Lunatic asylums in Bengal annual reports 1912-1924 - 1912-1924
Year: 1912
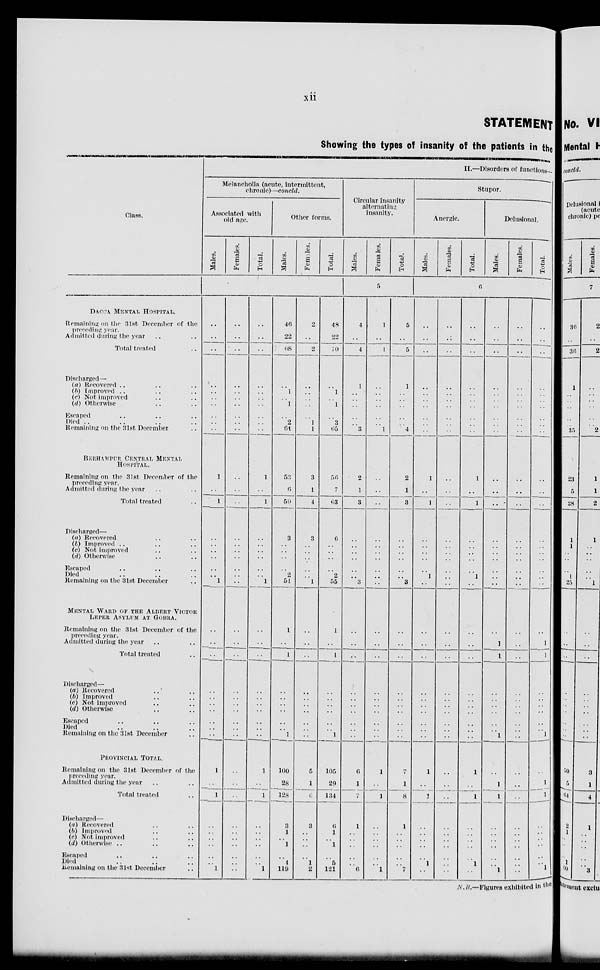
xii
STATEMENT
Showing the types of insanity of the patients in the
Class.
DACCA MENTAL HOSPITAL.
Remaining on the 31st December of the
preceding year.
Admitted during the year .. ..
Total treated ..
Discharged—
(a) Recovered .. .. ..
(b) Improved .. .. ..
(c) Not improved .. ..
(d) Otherwise .. ..
Escaped .. .. ..
Died .. .. .. ..
Remaining on the 31st December ..
BERHAMPUR CENTRAL MENTAL
HOSPITAL.
Remaining on the 31st December of the
preceding year.
Admitted during the year .. ..
Total treated ..
Discharged—
(a) Recovered .. ..
(b) Improved .. .. ..
(c) Not improved .. ..
(d) Otherwise .. ..
Escaped .. .. ..
Died .. .. ..
Remaining on the 31st December ..
MENTAL WARD OF THE ALBERT VICTOR
LEPER ASYLUM AT GOBRA.
Remaining on the 31st December of the
preceding year.
Admitted during the year .. ..
Total treated ..
Discharged—
(a) Recovered .. ..
(b) Improved .. ..
(c) Not improved .. ..
(d) Otherwise .. ..
Escaped .. .. ..
Died .. .. ..
Remaining on the 31st December ..
PROVINCIAL TOTAL.
Remaining on the 31st December of the
preceding year.
Admitted during the year .. ..
Total treated ..
Discharged—
(a) Recovered .. ..
(b) Improved .. ..
(c) Not improved .. ..
(d) Otherwise .. .. ..
Escaped .. .. ..
Died .. .. ..
Remaining on the 31st December ..
II.—Disorders of functions—
Melancholia (acute, intermittent,
chronic)—concld.
Associated with
old age.
Males.
Females.
Total.
Other forms.
Males.
Females.
Total.
..
..
..
..
..
..
..
..
..
..
1
..
1
..
..
..
..
..
..
1
..
..
..
..
..
..
..
..
..
..
1
..
1
..
..
..
..
..
..
1
..
..
..
..
..
..
..
..
..
..
..
..
..
..
..
..
..
..
..
..
..
..
..
..
..
..
..
..
..
..
..
..
..
..
..
..
..
..
..
..
..
..
..
..
..
..
..
..
..
..
1
..
1
..
..
..
..
..
..
1
..
..
..
..
..
..
..
..
..
..
1
..
1
..
..
..
..
..
..
1
46
22
68
..
1
..
1
..
2
64
53
6
59
3
..
..
..
..
2
54
1
..
1
..
..
..
..
..
..
1
100
28
128
3
1
..
1
..
4
119
2
..
2
..
..
..
..
..
1
1
3
1
4
3
..
..
..
..
..
1
..
..
..
..
..
..
..
..
..
..
5
1
6
3
..
..
..
..
1
2
48
22
70
..
1
..
1
..
3
65
56
7
63
6
..
..
..
..
2
55
1
..
1
..
..
..
..
..
..
1
105
29
134
6
1
..
1
..
5
121
Circular insanity
alternating
insanity.
Males.
Females.
Total.
5
4
..
4
1
..
..
..
..
..
3
2
1
3
..
..
..
..
..
..
3
..
..
..
..
..
..
..
..
..
..
6
1
7
1
..
..
..
..
..
6
1
..
1
..
..
..
..
..
..
1
..
..
..
..
..
..
..
..
..
..
..
..
..
..
..
..
..
..
..
..
1
..
1
..
..
..
..
..
..
1
5
..
5
1
..
..
..
..
..
4
2
1
3
..
..
..
..
..
..
3
..
..
..
..
..
..
..
..
..
..
7
1
8
1
..
..
..
..
..
7
Stupor.
Anergic.
Males.
Females.
Total.
Delusional.
Males.
Females.
Total.
6
..
..
..
..
..
..
..
..
..
..
1
..
1
..
..
..
..
..
1
..
..
..
..
..
..
..
..
..
..
..
1
..
1
..
..
..
..
..
1
..
..
..
..
..
..
..
..
..
..
..
..
..
..
..
..
..
..
..
..
..
..
..
..
..
..
..
..
..
..
..
..
..
..
..
..
..
..
..
..
..
..
..
..
..
..
..
..
..
..
..
1
..
1
..
..
..
..
..
1
..
..
..
..
..
..
..
..
..
..
..
1
..
1
..
..
..
..
..
1
..
..
..
..
..
..
..
..
..
..
..
..
..
..
..
..
..
..
..
..
..
..
1
1
..
..
..
..
..
.. 1
..
1
1
..
..
..
..
..
..
1
..
..
..
..
..
..
..
..
..
..
..
..
..
..
..
..
..
..
..
..
..
..
..
..
..
..
..
..
..
..
..
..
..
..
..
..
..
..
..
..
..
..
..
..
..
..
..
..
..
..
..
..
..
..
..
..
..
..
..
..
..
1
1
..
..
..
..
..
.. 1
..
1
1
..
..
..
..
..
..
1
N.B.—Figures exhibited in the